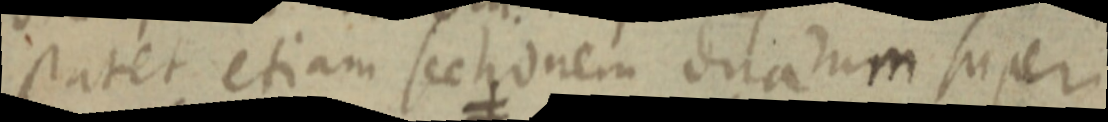
patet etiam sectionem duarum super